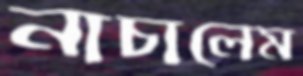
নাচালেম